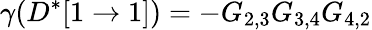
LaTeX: \gamma(D^{*}[1\rightarrow 1])=-G_{2,3}G_{3,4}G_{4,2}